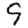
Digit: 9